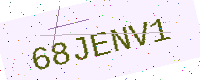
Text: 68JENV1